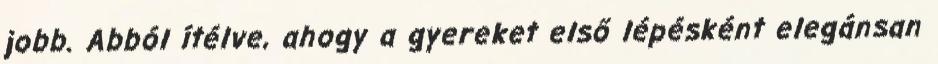
jobb. Abból ítélve, ahogy a gyereket első lépésként elegánsan